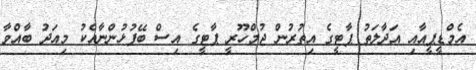
އެމްޑީޕީއާއި އަދާލަތު ޕާޓީގެ އިތުރުން ޖުމްހޫރީ ޕާޓީގެ އިސް ބޭފުޅުންނާއެކު މިއަދު ބާއްވާ